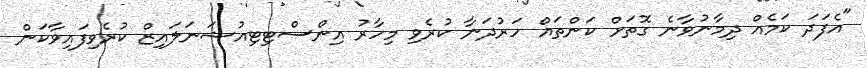
"އެފަދަ ކަމެއް ދިމާނުވާނެ ގޮތަށް ކަންތައް ހަރުދަނާ ކުރެވި މިހާރު އިންސްޓިޓިއުޝަނަލައިޒް ކުރެވިފައިވާކަން